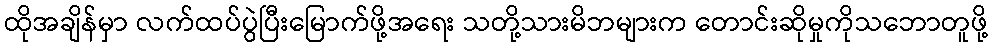
ထိုအချိန်မှာ လက်ထပ်ပွဲပြီးမြောက်ဖို့အရေး သတို့သားမိဘများက တောင်းဆိုမှုကိုသဘောတူဖို့